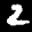
Label: 2